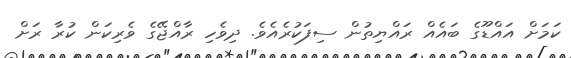
ކަމަށް އައްޑޫގެ ބައެއް ރައްޔިތުން ސިފަކުރެއެވެ. ދިވެހި ރާއްޖޭގެ ވެރިކަން ކުރާ ރަށް